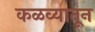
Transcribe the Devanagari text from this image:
कळव्यातून